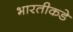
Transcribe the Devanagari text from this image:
भारतीकडे